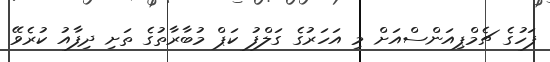
ފަހުގެ ޗެމްޕިއަންސްއަށް މި އަހަރުގެ ގަލްފު ކަޕް މުބާރާތުގެ ތަށި ދިފާއު ކުރެވޭ